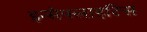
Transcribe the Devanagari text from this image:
इन्सेफ्लाइटिस